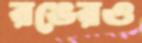
রঙেরও